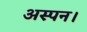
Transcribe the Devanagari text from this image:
अस्पन।